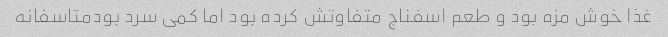
غذا خوش مزه بود و طعم اسفناج متفاوتش کرده بود اما کمی سرد بودمتاسفانه